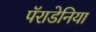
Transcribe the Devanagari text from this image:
पॅराडेनिया